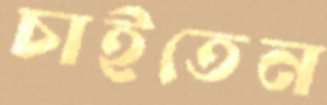
চাইতেন